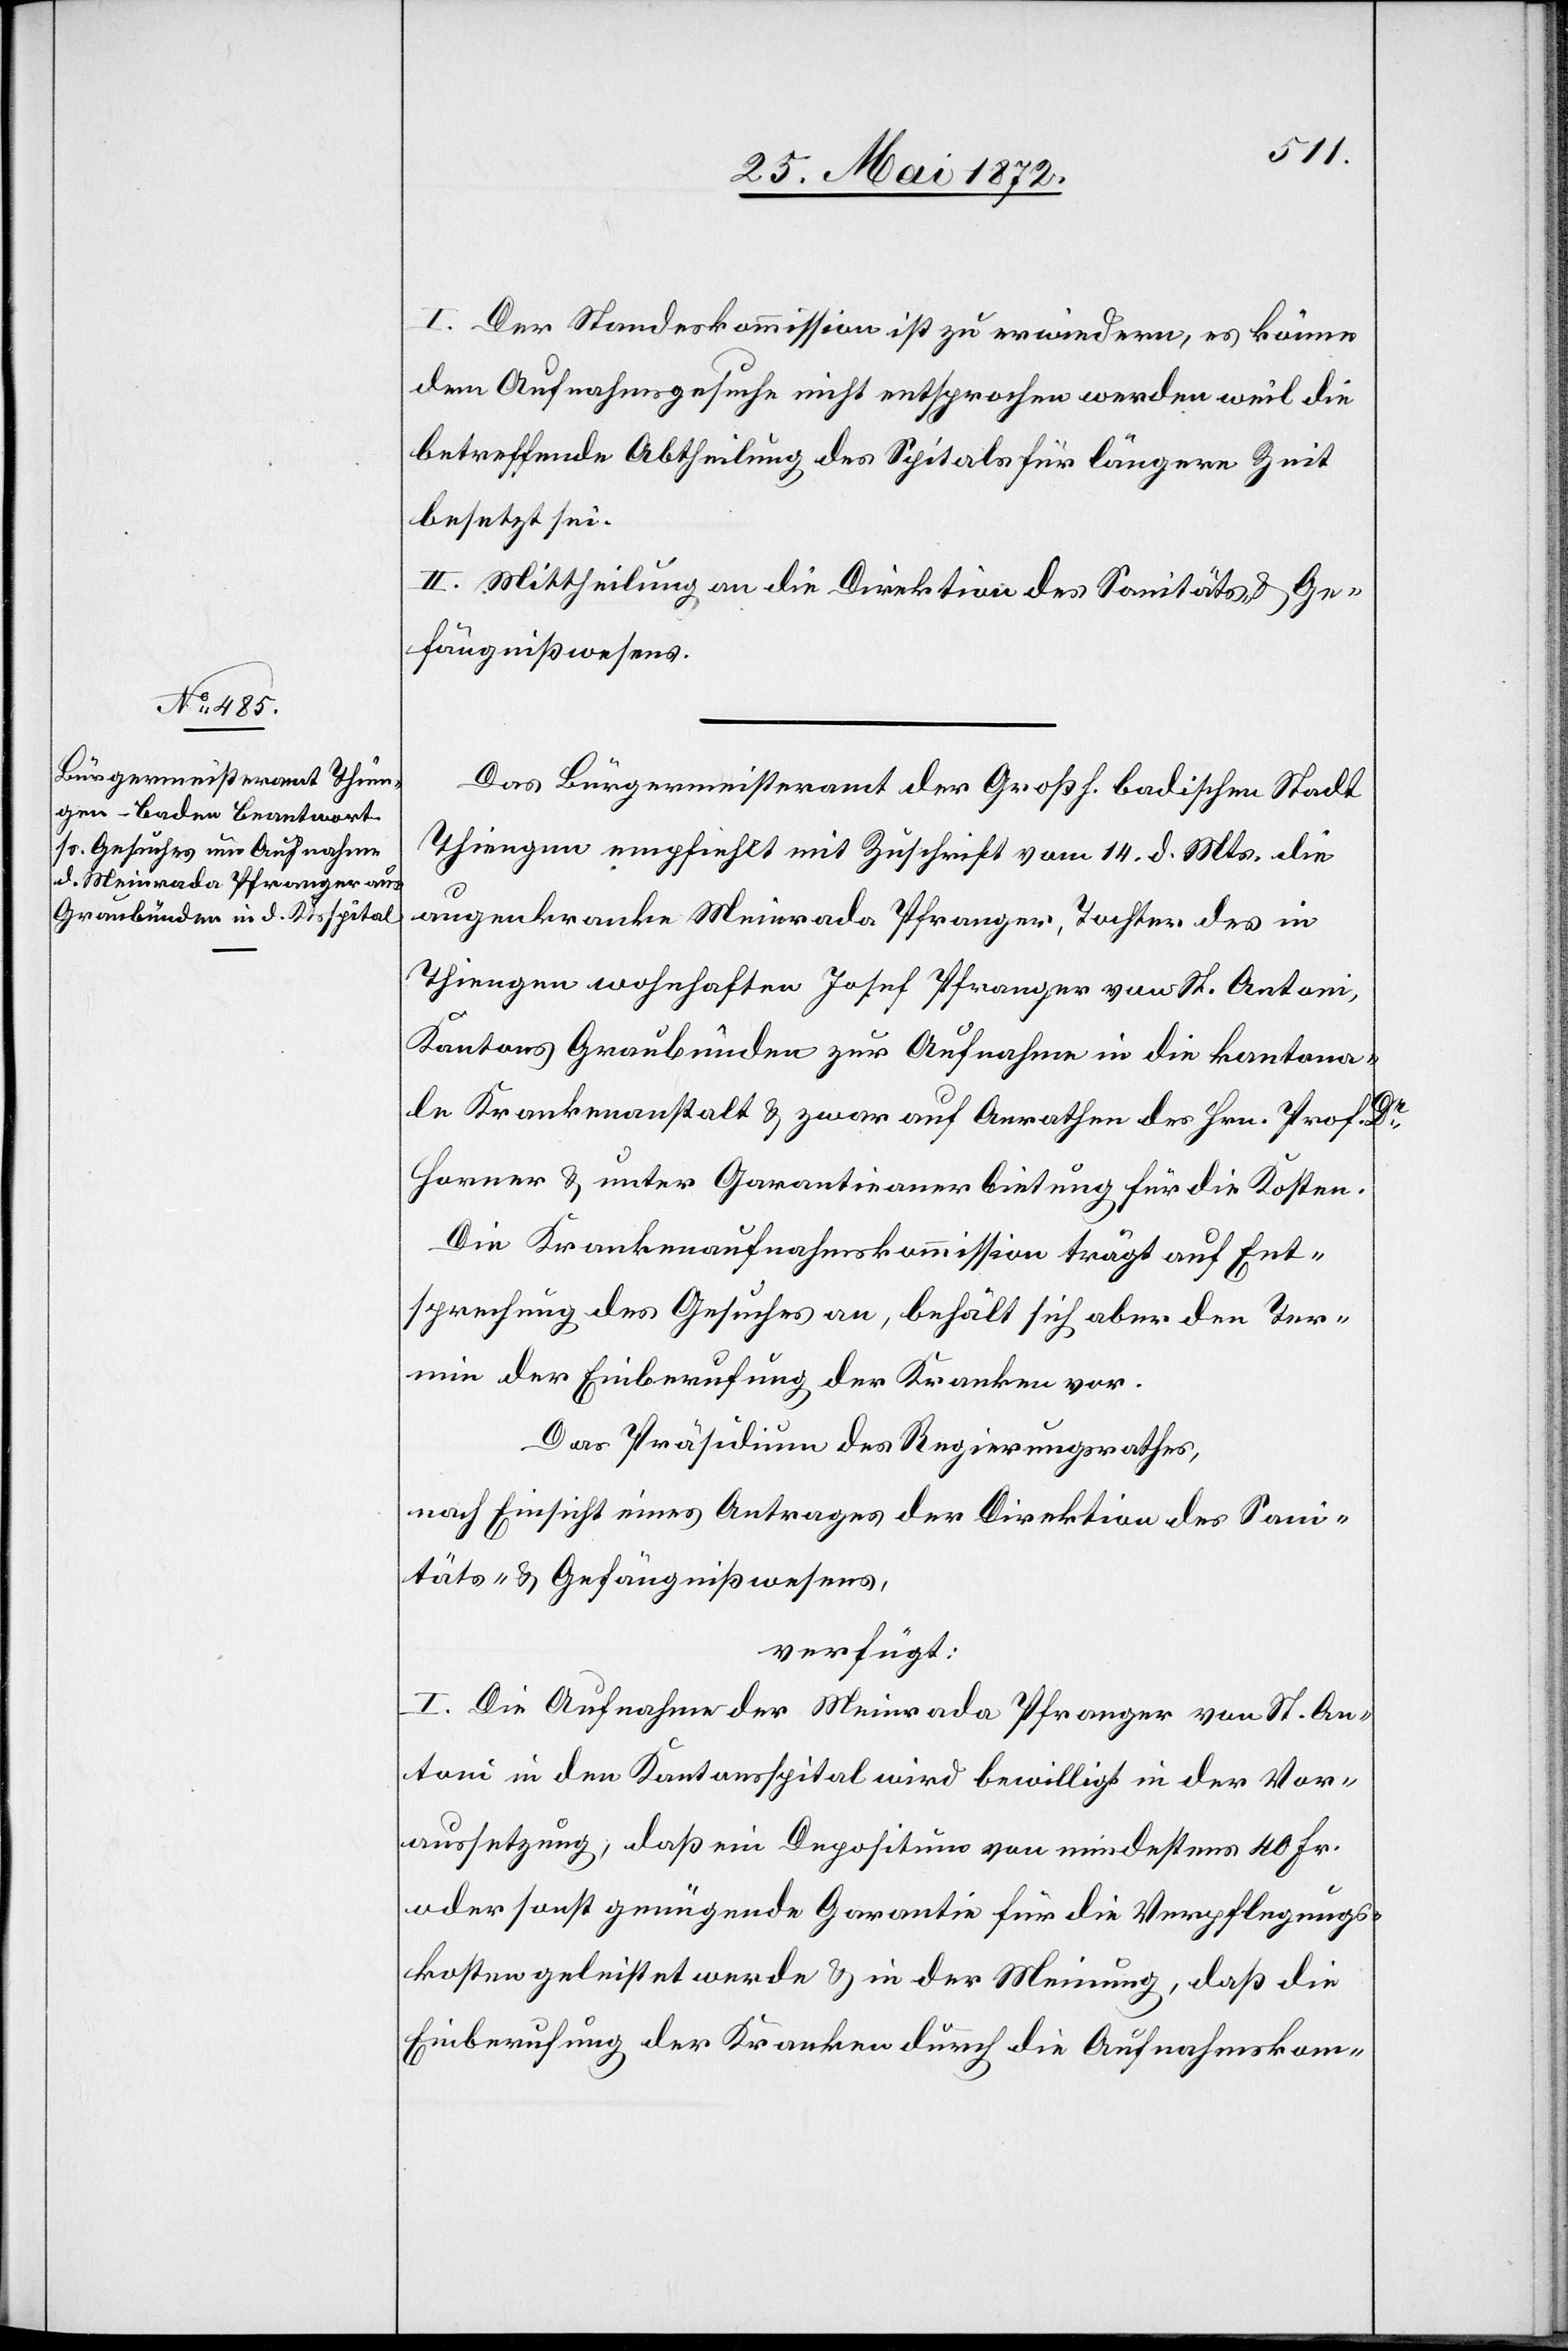
28. Mai 1872.]
I. Der Standeskommission ist zu erwiedern, es könne
dem Aufnahmsgesuche nicht entsprochen werden weil die
betreffende Abtheilung des Spitals für längere Zeit
besetzt sei.
II. Mittheilung an die Direktion des Sanitäts- u. Ge¬
fängnißwesens.
Das Bürgermeisteramt der Großh. badischen Stadt
Thiengen empfiehlt mit Zuschrift vom 14. d. Mts. die
augenkranke Meinrada Pfranger, Tochter des in
Thiengen wohnhaften Josef Pfranger von St. Antoni,
Kantons Graubünden[,] zur Aufnahme in die kantona¬
le Krankenanstalt u. zwar auf Anrathen des Hrn. Prof. Dr
Horner u. unter Garantieanerbietung für die Kosten.
Die Krankenaufnahmskommission trägt auf Ent¬
sprechung des Gesuches an, behält sich aber den Ter¬
min der Einberufung der Kranken vor.
Das Präsidium des Regierungsrathes,
nach Einsicht eines Antrages der Direktion des San¬
itäts- u. Gefängnißwesens,
verfügt:
I. Die Aufnahme der Meinrada Pfranger von St. An¬
toni in den Kantonsspital wird bewilligt in der Vor¬
aussetzung, daß ein Depositum von mindestens 40 Fr.
oder sonst genügende Garantie für die Verpflegungs¬
kosten geleistet werde u. in der Meinung, daß die
Einberufung der Kranken durch die Aufnahmskom-